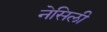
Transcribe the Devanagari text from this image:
नेसिली